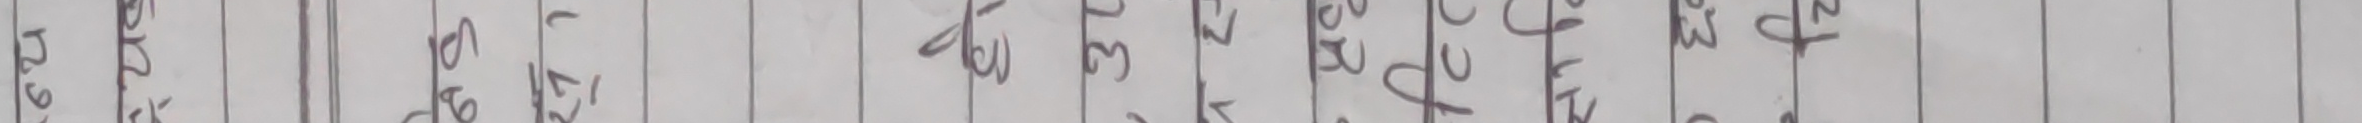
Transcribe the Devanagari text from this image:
साह्रै खुशी भएँ ।